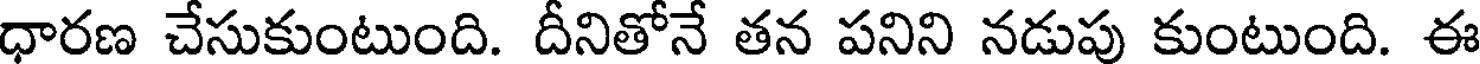
ధారణ చేసుకుంటుంది. దీనితోనే తన పనిని నడుపు కుంటుంది. ఈ